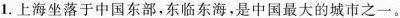
1.上海坐落于中国东部，东临东海，是中国最大的城市之一。